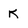
Character: K